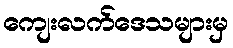
ကျေးလက်ဒေသများမှ